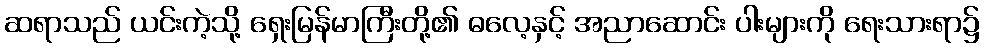
ဆရာသည် ယင်းကဲ့သို့ ရှေးမြန်မာကြီးတို့၏ ဓလေ့နှင့် အညာဆောင်း ပါးများကို ရေးသားရာ၌